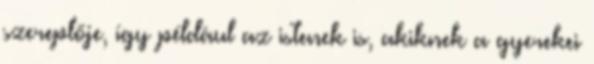
szereplője, így például az istenek is, akiknek a gyerekei